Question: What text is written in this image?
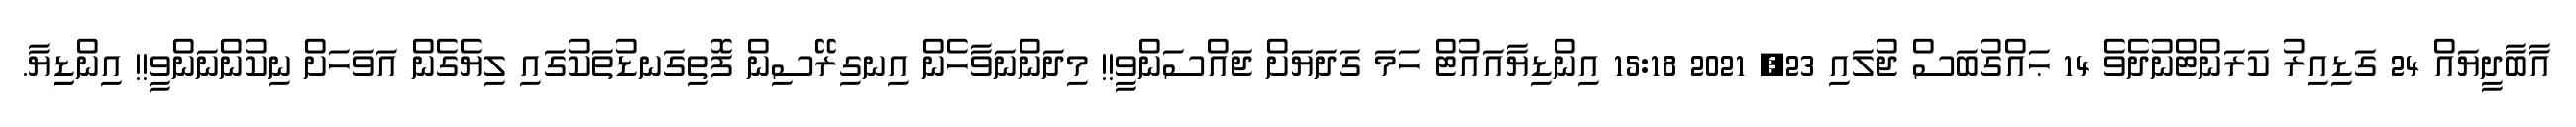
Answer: އާބާދީޔައް 24 ގަޑިއިރު ކަރަންޓްނުދެވެ 14 ޙައްގުބަސް ޖުލައި 23, 2021 15:18 އިންޑިޔާއައުޓް ހަމަ ގަދަޔަށް ޖައްސަންވީ!! މިދަންނަވާހެން އިނގިރޭސިން ފޮތިގަނޑުތަކުގައި ލިޔެގެން އަވަހަށް ނިކުންނަންވީ!! އިންޑިިޔާ.